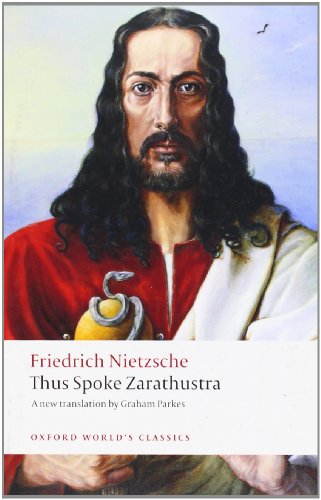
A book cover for Thus Spoke Zarathustra: A Book for Everyone and Nobody (Oxford World's Classics); Friedrich Nietzsche; Politics & Social Sciences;